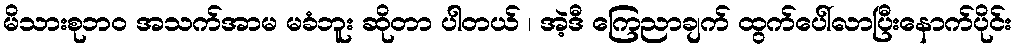
မိသားစုဘဝ အသက်အာမ မခံဘူး ဆိုတာ ပါတယ် ၊ အဲ့ဒီ ကြေညာချက် ထွက်ပေါ်လာပြီးနောက်ပိုင်း